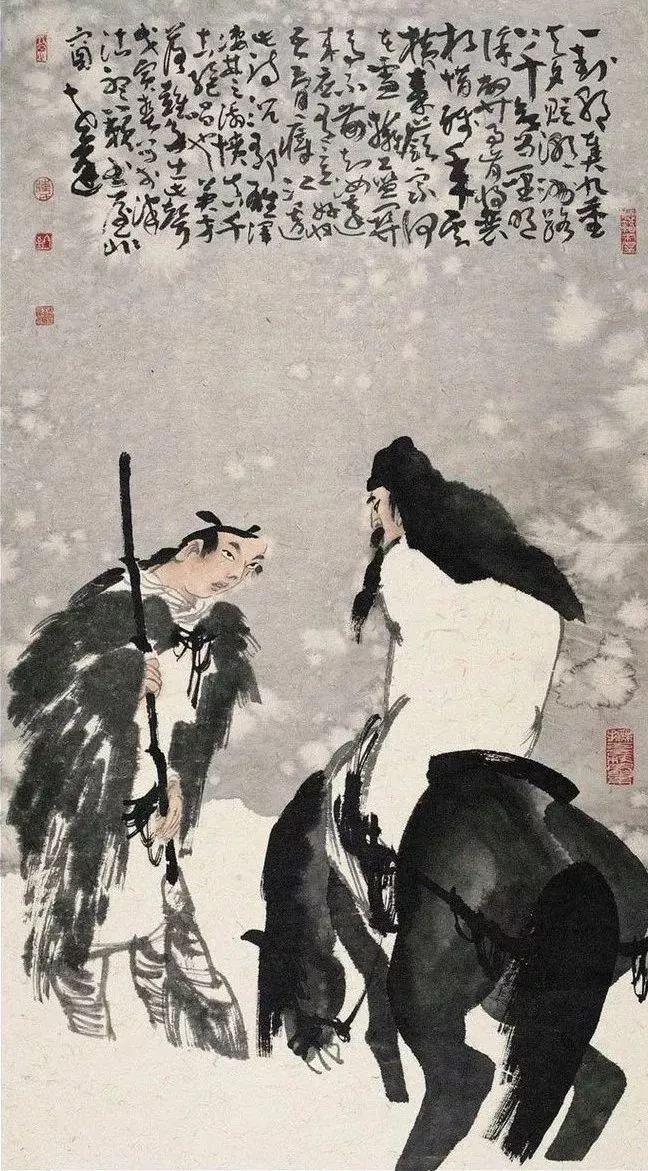
欲为圣明除弊事，肯将衰朽惜残年。